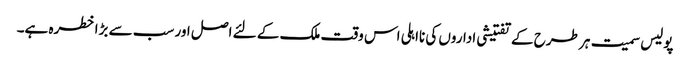
پولیس سمیت ہر طرح کے تفتیشی اداروں کی نااہلی اس وقت ملک کے لئے اصل اور سب سے بڑا خطرہ ہے۔